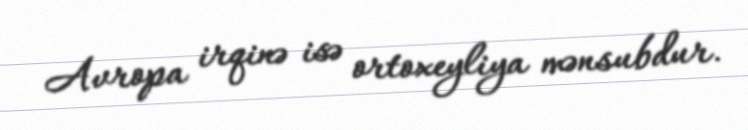
Avropa irqinə isə ortoxeyliya mənsubdur.